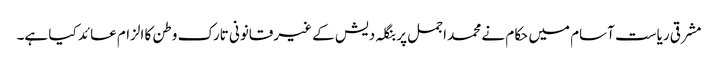
مشرقی ریاست آسام میں حکام نے محمد اجمل پر بنگلہ دیش کے غیرقانونی تارک وطن کا الزام عائد کیا ہے۔